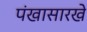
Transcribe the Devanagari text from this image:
पंखासारखे